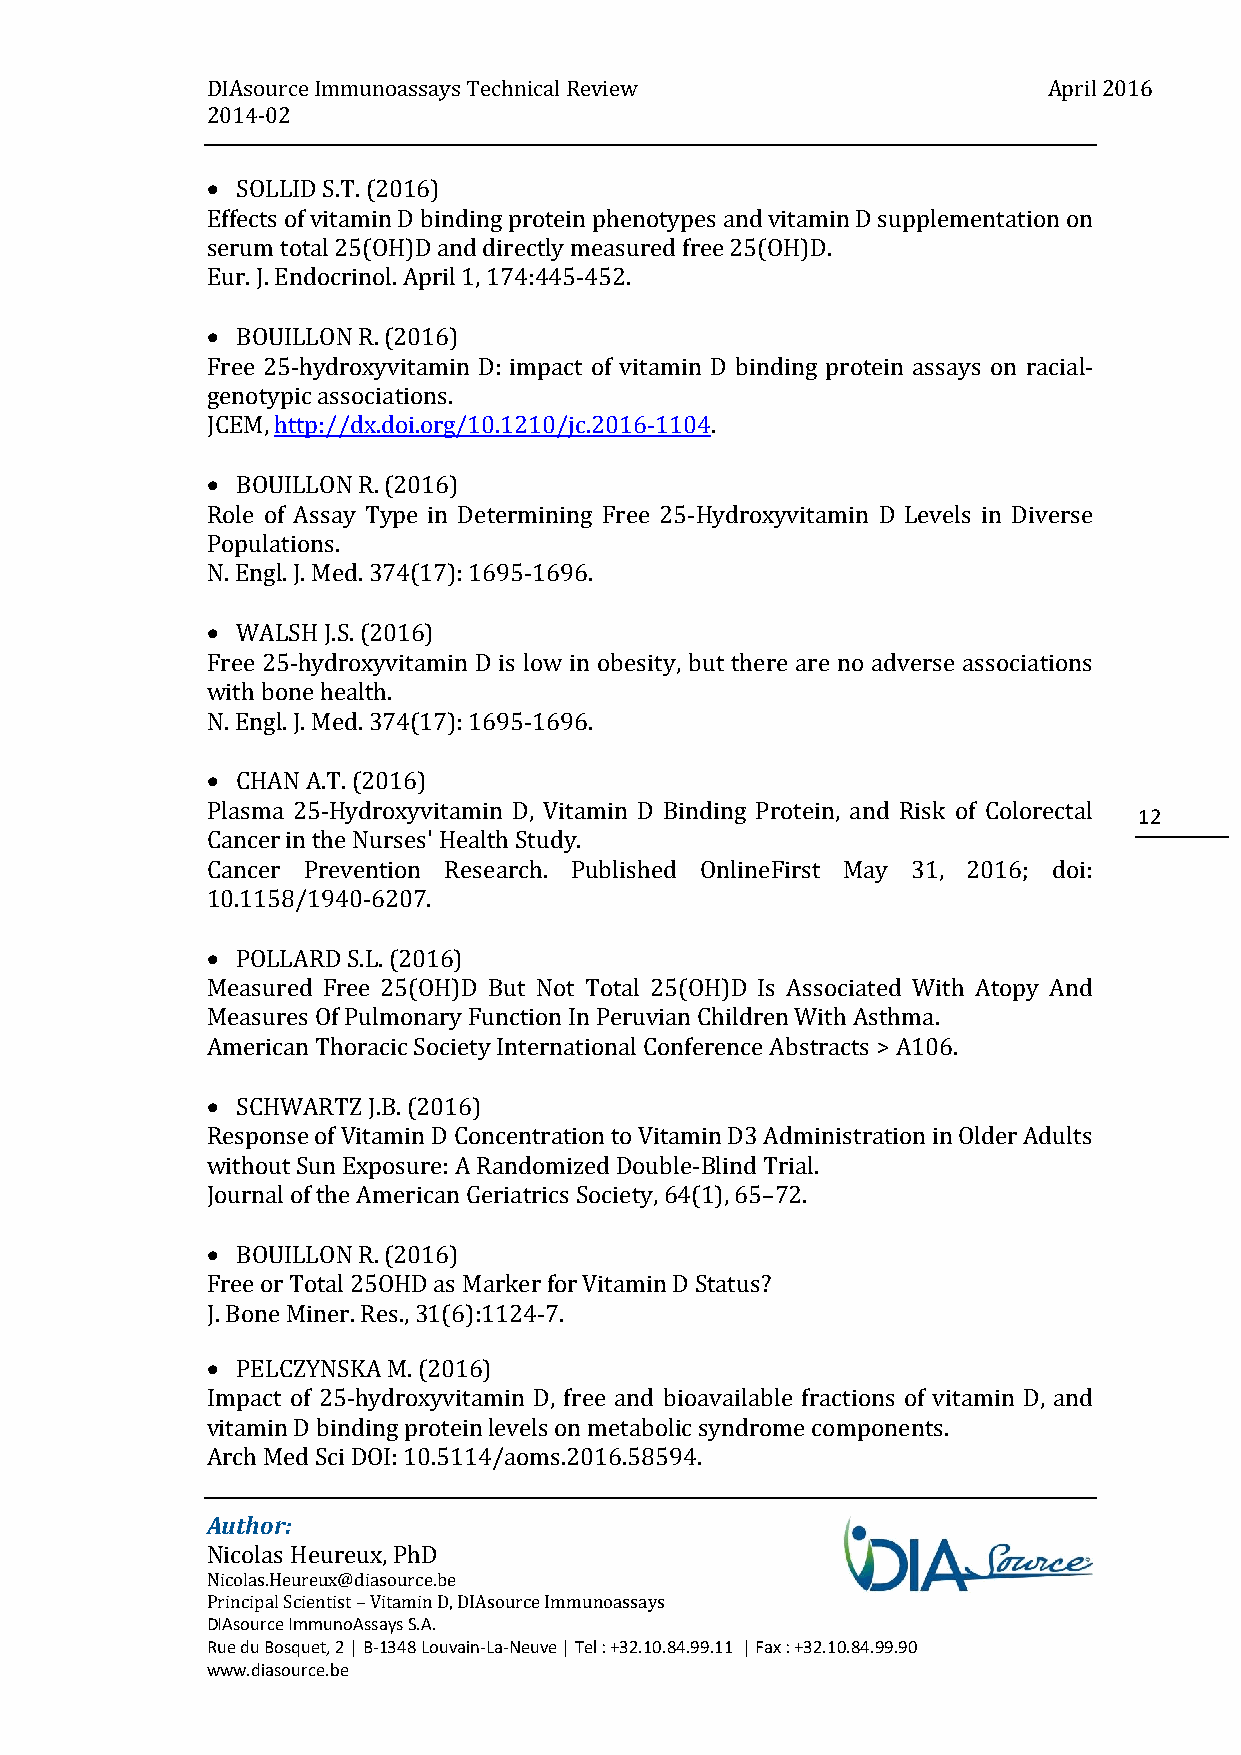
DIAsource Immunoassays Technical Review                April 2016
 2014-02
  SOLLID S.T. (2016)
 Effects of vitamin D binding protein phenotypes and vitamin D supplementation on
 serum total 25(OH)D and directly measured free 25(OH)D.
 Eur. J. Endocrinol. April 1, 174:445-452.
  BOUILLON R. (2016)
 Free 25-hydroxyvitamin D: impact of vitamin D binding protein assays on racial-
 genotypic associations.
 JCEM, http://dx.doi.org/10.1210/jc.2016-1104.
  BOUILLON R. (2016)
 Role of Assay Type in Determining Free 25-Hydroxyvitamin D Levels in Diverse
 Populations.
 N. Engl. J. Med. 374(17): 1695-1696.
  WALSH J.S. (2016)
 Free 25-hydroxyvitamin D is low in obesity, but there are no adverse associations
 with bone health.
 N. Engl. J. Med. 374(17): 1695-1696.
  CHAN A.T. (2016)
 Plasma 25-Hydroxyvitamin D, Vitamin D Binding Protein, and Risk of Colorectal
 12
 Cancer in the Nurses' Health Study.
 Cancer Prevention Research. Published OnlineFirst May 31, 2016; doi:
 10.1158/1940-6207.
  POLLARD S.L. (2016)
 Measured Free 25(OH)D But Not Total 25(OH)D Is Associated With Atopy And
 Measures Of Pulmonary Function In Peruvian Children With Asthma.
 American Thoracic Society International Conference Abstracts > A106.
  SCHWARTZ J.B. (2016)
 Response of Vitamin D Concentration to Vitamin D3 Administration in Older Adults
 without Sun Exposure: A Randomized Double-Blind Trial.
 Journal of the American Geriatrics Society, 64(1), 65–72.
  BOUILLON R. (2016)
 Free or Total 25OHD as Marker for Vitamin D Status?
 J. Bone Miner. Res., 31(6):1124-7.
  PELCZYNSKA M. (2016)
 Impact of 25-hydroxyvitamin D, free and bioavailable fractions of vitamin D, and
 vitamin D binding protein levels on metabolic syndrome components.
 Arch Med Sci DOI: 10.5114/aoms.2016.58594.
 Author:
 Nicolas Heureux, PhD
 Nicolas.Heureux@diasource.be
 Principal Scientist – Vitamin D, DIAsource Immunoassays
 DIAsource ImmunoAssays S.A.
 Rue du Bosquet, 2 | B-1348 Louvain-La-Neuve | Tel : +32.10.84.99.11 | Fax : +32.10.84.99.90
 www.diasource.be